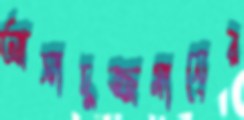
আসাদুজ্জমানের